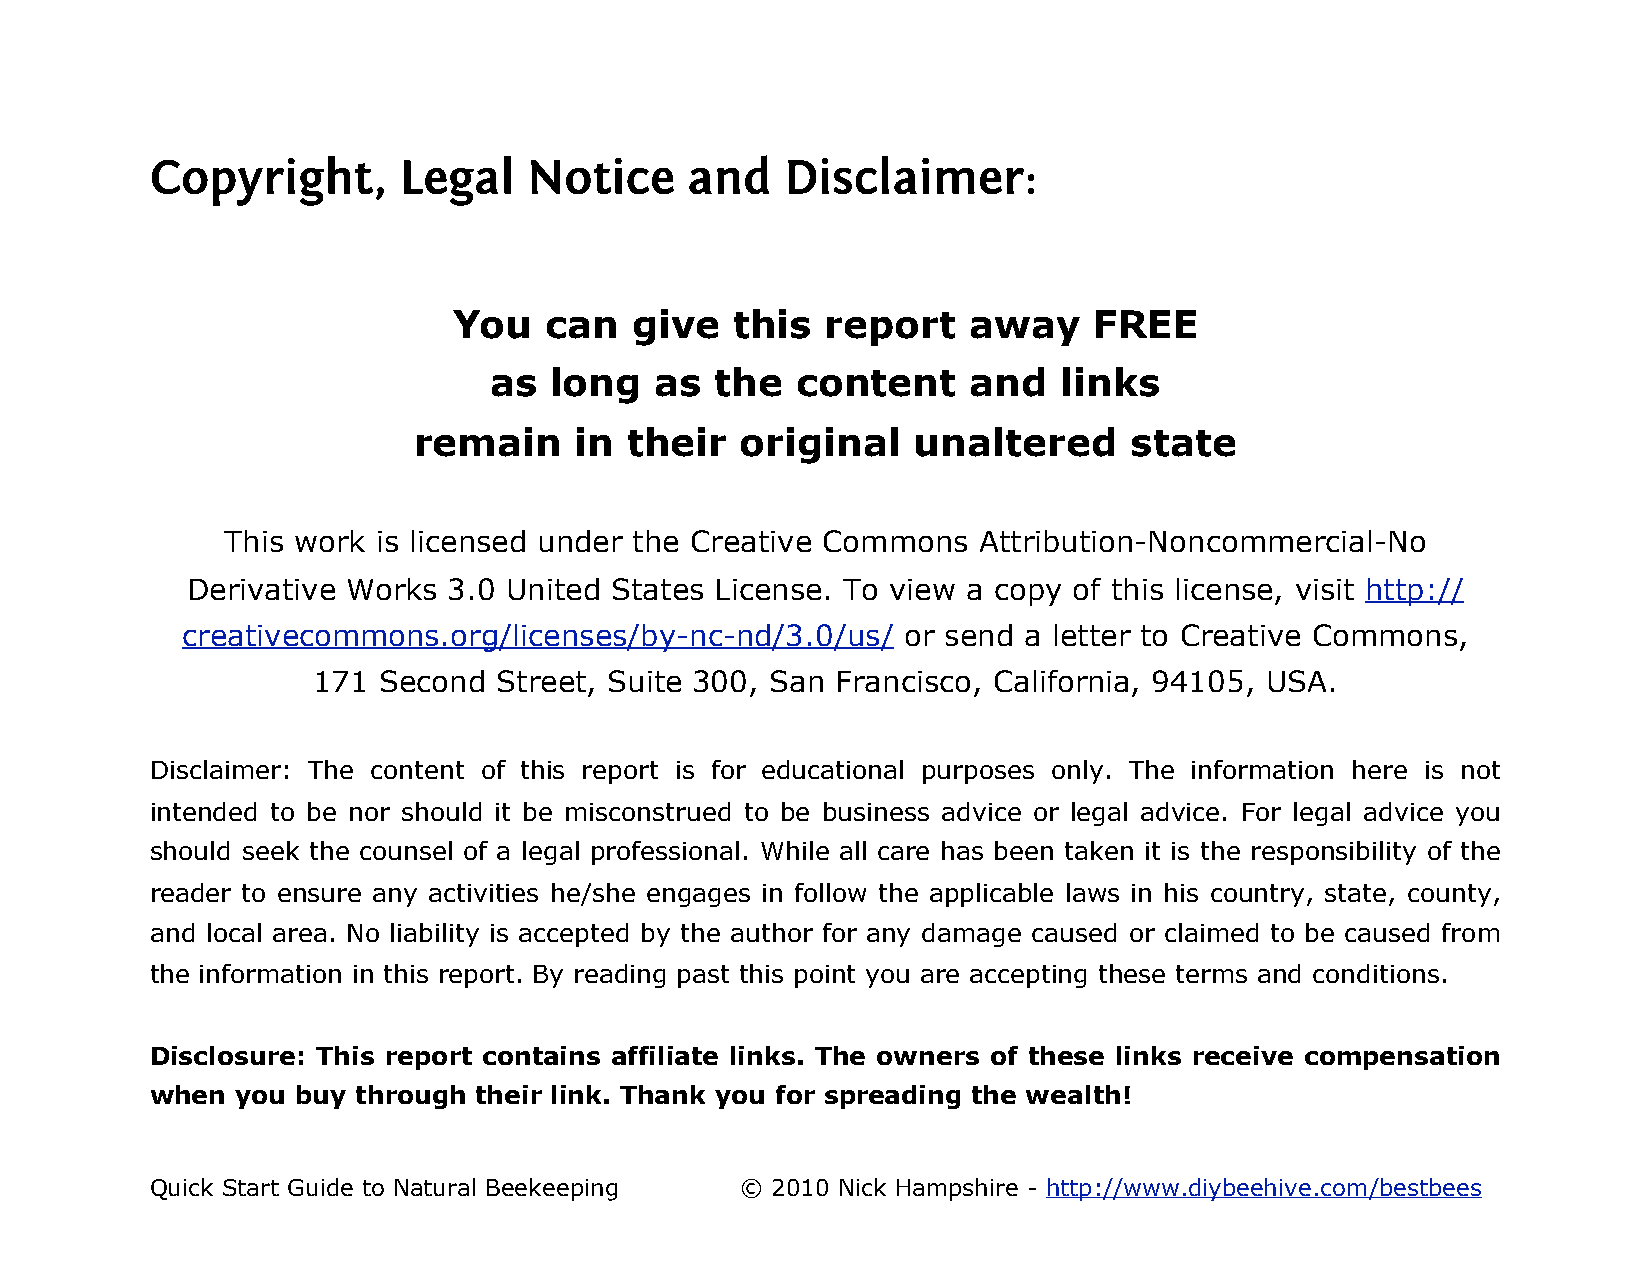
Copyright,      Legal    Notice    and    Disclaimer:
 You   can   give   this  report   away    FREE
 as  long   as  the   content    and   links
 remain     in  their  original   unaltered      state
 This work is licensed under the Creative Commons  Attribution-Noncommercial-No
 Derivative Works  3.0 United States License. To view a copy of this license, visit http://
 creativecommons.org/licenses/by-nc-nd/3.0/us/   or send a letter to Creative Commons,
 171 Second  Street, Suite 300, San Francisco, California, 94105, USA.
 Disclaimer: The content of this report is for educational purposes only. The information here is not
 intended to be nor should it be misconstrued to be business advice or legal advice. For legal advice you
 should seek the counsel of a legal professional. While all care has been taken it is the responsibility of the
 reader to ensure any activities he/she engages in follow the applicable laws in his country, state, county,
 and local area. No liability is accepted by the author for any damage caused or claimed to be caused from
 the information in this report. By reading past this point you are accepting these terms and conditions.
 Disclosure: This report contains affiliate links. The owners of these links receive compensation
 when  you buy through their link. Thank you for spreading the wealth!
 Quick Start Guide to Natural Beekeeping © 2010 Nick Hampshire - http://www.diybeehive.com/bestbees